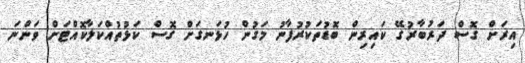
އިރަށް ގޮސް ދަރުބާރުގޭ ކައިރިން ބޮޑުތަކުރުފާނު މަގުން ހުޅަނގަށް ގޮސް ކަޅުތުއްކަލާކޮއްޓަށް ވަންނަ